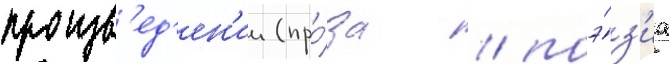
произв'ед'ен'ии (про́за / поэ́з'иа